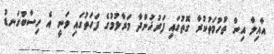
އާއިލާ އިން ތުހުމަތުކުރާ ގޮތުގައި ފަރުޚުންދާ މަރާލުމުގެ ފަހަތުގައި ވަނީ އެ ހިސާބުގަނޑު